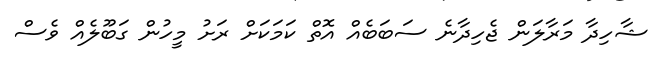
ޝާހިދާ މަރާލަން ޖެހިދާނެ ސަބަބެއް އޮތް ކަމަކަށް ރަށު މީހުން ގަބޫލެއް ވެސް